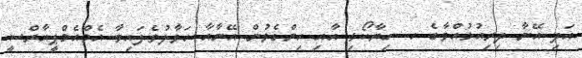
އަދި އޭނާ ދިރިއުޅުއްވާގެ ހ. ހިޔާކޯޅި އާއި ހިންގެވުން އޭނާއާ ހަވާލުވެފައިވާ އެމްއެމްޕީއާރްސީ